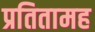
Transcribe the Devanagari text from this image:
प्रतितामह